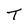
Character: T